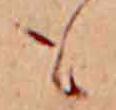
も